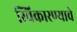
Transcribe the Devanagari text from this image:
स्विकारण्याचे